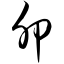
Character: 卯